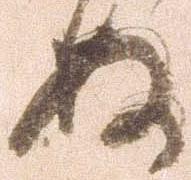
ぬ